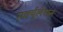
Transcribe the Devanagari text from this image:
सर्क्यूलेशन